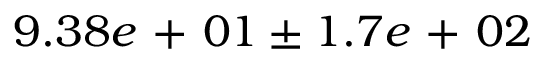
9 . 3 8 e \mathrm { ~ + ~ } 0 1 \pm 1 . 7 e \mathrm { ~ + ~ } 0 2